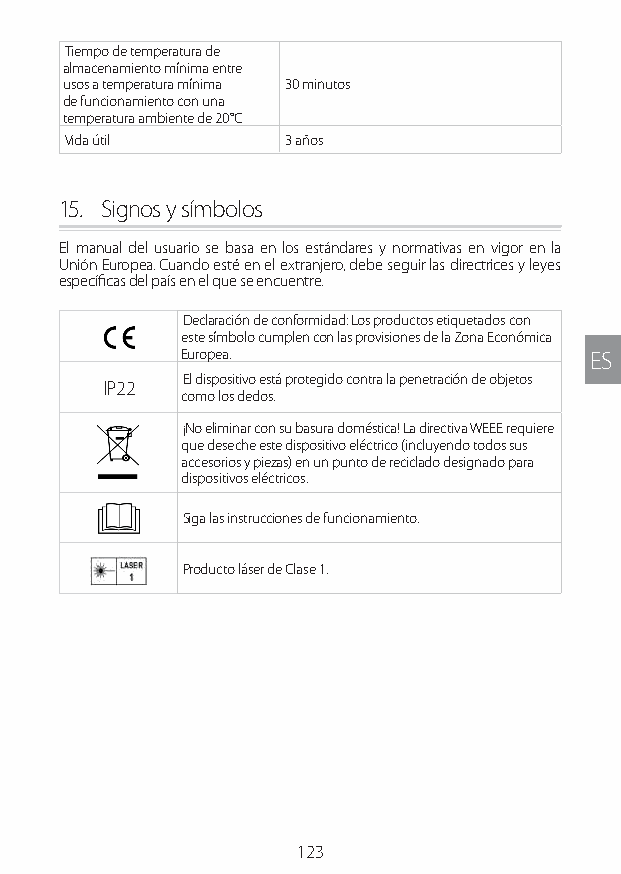
Tiempo de temperatura de
 almacenamiento mínima entre
 usos a temperatura mínima 30 minutos
 de funcionamiento con una
 temperatura ambiente de 20°C
 Vida útil      3 años
 15. Signos y símbolos
 El manual del usuario se basa en los estándares y normativas en vigor en la
 Unión Europea. Cuando esté en el extranjero, debe seguir las directrices y leyes
 específicas del país en el que se encuentre.
 Declaración de conformidad: Los productos etiquetados con
 este símbolo cumplen con las provisiones de la Zona Económica
 Europea.                   ES
 El dispositivo está protegido contra la penetración de objetos
 IP22
 como los dedos.
 ¡No eliminar con su basura doméstica! La directiva WEEE requiere
 que deseche este dispositivo eléctrico (incluyendo todos sus
 accesorios y piezas) en un punto de reciclado designado para
 dispositivos eléctricos.
 Siga las instrucciones de funcionamiento.
 Producto láser de Clase 1.
 123
 Lipo UM EU124 3545B inside ALL EU124 ED296-24 release.indd 123 14/08/2018 10:57:40